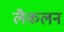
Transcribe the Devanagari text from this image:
लैकलन